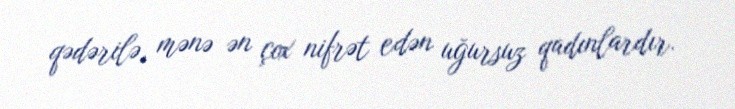
qədərilə, mənə ən çox nifrət edən uğursuz qadınlardır.